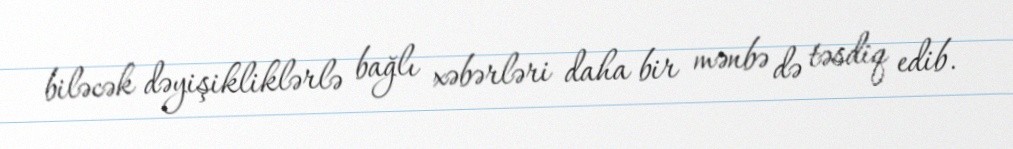
biləcək dəyişikliklərlə bağlı xəbərləri daha bir mənbə də təsdiq edib.